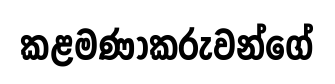
කළමණාකරුවන්ගේ